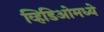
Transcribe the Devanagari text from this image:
व्हिडिओमध्ये